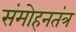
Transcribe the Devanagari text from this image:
संमोहनतंत्र